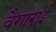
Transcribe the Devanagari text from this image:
वैगाराई